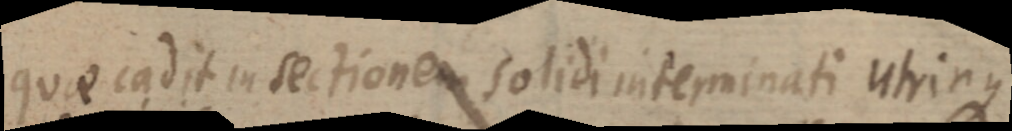
quae cadit in sectionem solidi inteminati utrinque